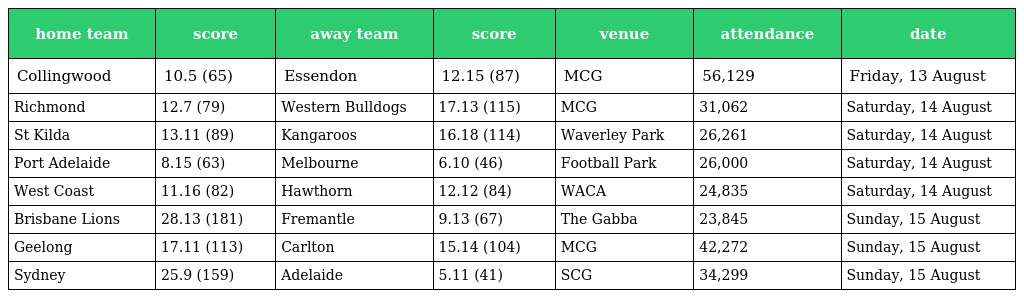
| home team | score | away team | score | venue | attendance | date |
 | --- | --- | --- | --- | --- | --- | --- |
 | Collingwood | 10.5 (65) | Essendon | 12.15 (87) | MCG | 56,129 | Friday, 13 August |
 | Richmond | 12.7 (79) | Western Bulldogs | 17.13 (115) | MCG | 31,062 | Saturday, 14 August |
 | St Kilda | 13.11 (89) | Kangaroos | 16.18 (114) | Waverley Park | 26,261 | Saturday, 14 August |
 | Port Adelaide | 8.15 (63) | Melbourne | 6.10 (46) | Football Park | 26,000 | Saturday, 14 August |
 | West Coast | 11.16 (82) | Hawthorn | 12.12 (84) | WACA | 24,835 | Saturday, 14 August |
 | Brisbane Lions | 28.13 (181) | Fremantle | 9.13 (67) | The Gabba | 23,845 | Sunday, 15 August |
 | Geelong | 17.11 (113) | Carlton | 15.14 (104) | MCG | 42,272 | Sunday, 15 August |
 | Sydney | 25.9 (159) | Adelaide | 5.11 (41) | SCG | 34,299 | Sunday, 15 August |